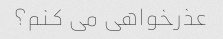
عذرخواهی می کنم؟